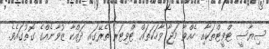
ސިޔާސީ ޓްވީޓްތަކާއި ހެއްވާ މަޖާ ވާހަކަތައް ޓްވިޓަރ ތެރޭގައި ދައްކާ ޒުވާނެއްގެ ގޮތުގައެވެ.